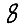
Digit: 8